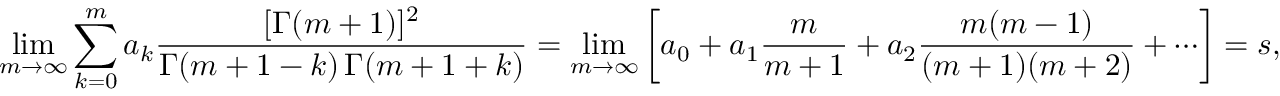
\operatorname* { l i m } _ { m \rightarrow \infty } \sum _ { k = 0 } ^ { m } a _ { k } { \frac { [ \Gamma ( m + 1 ) ] ^ { 2 } } { \Gamma ( m + 1 - k ) \, \Gamma ( m + 1 + k ) } } = \operatorname* { l i m } _ { m \rightarrow \infty } \left[ a _ { 0 } + a _ { 1 } { \frac { m } { m + 1 } } + a _ { 2 } { \frac { m ( m - 1 ) } { ( m + 1 ) ( m + 2 ) } } + \cdots \right] = s ,